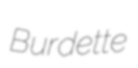
Burdette